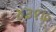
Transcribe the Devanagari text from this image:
४३१७